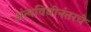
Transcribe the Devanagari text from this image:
अंत्यविधीनंतरचे